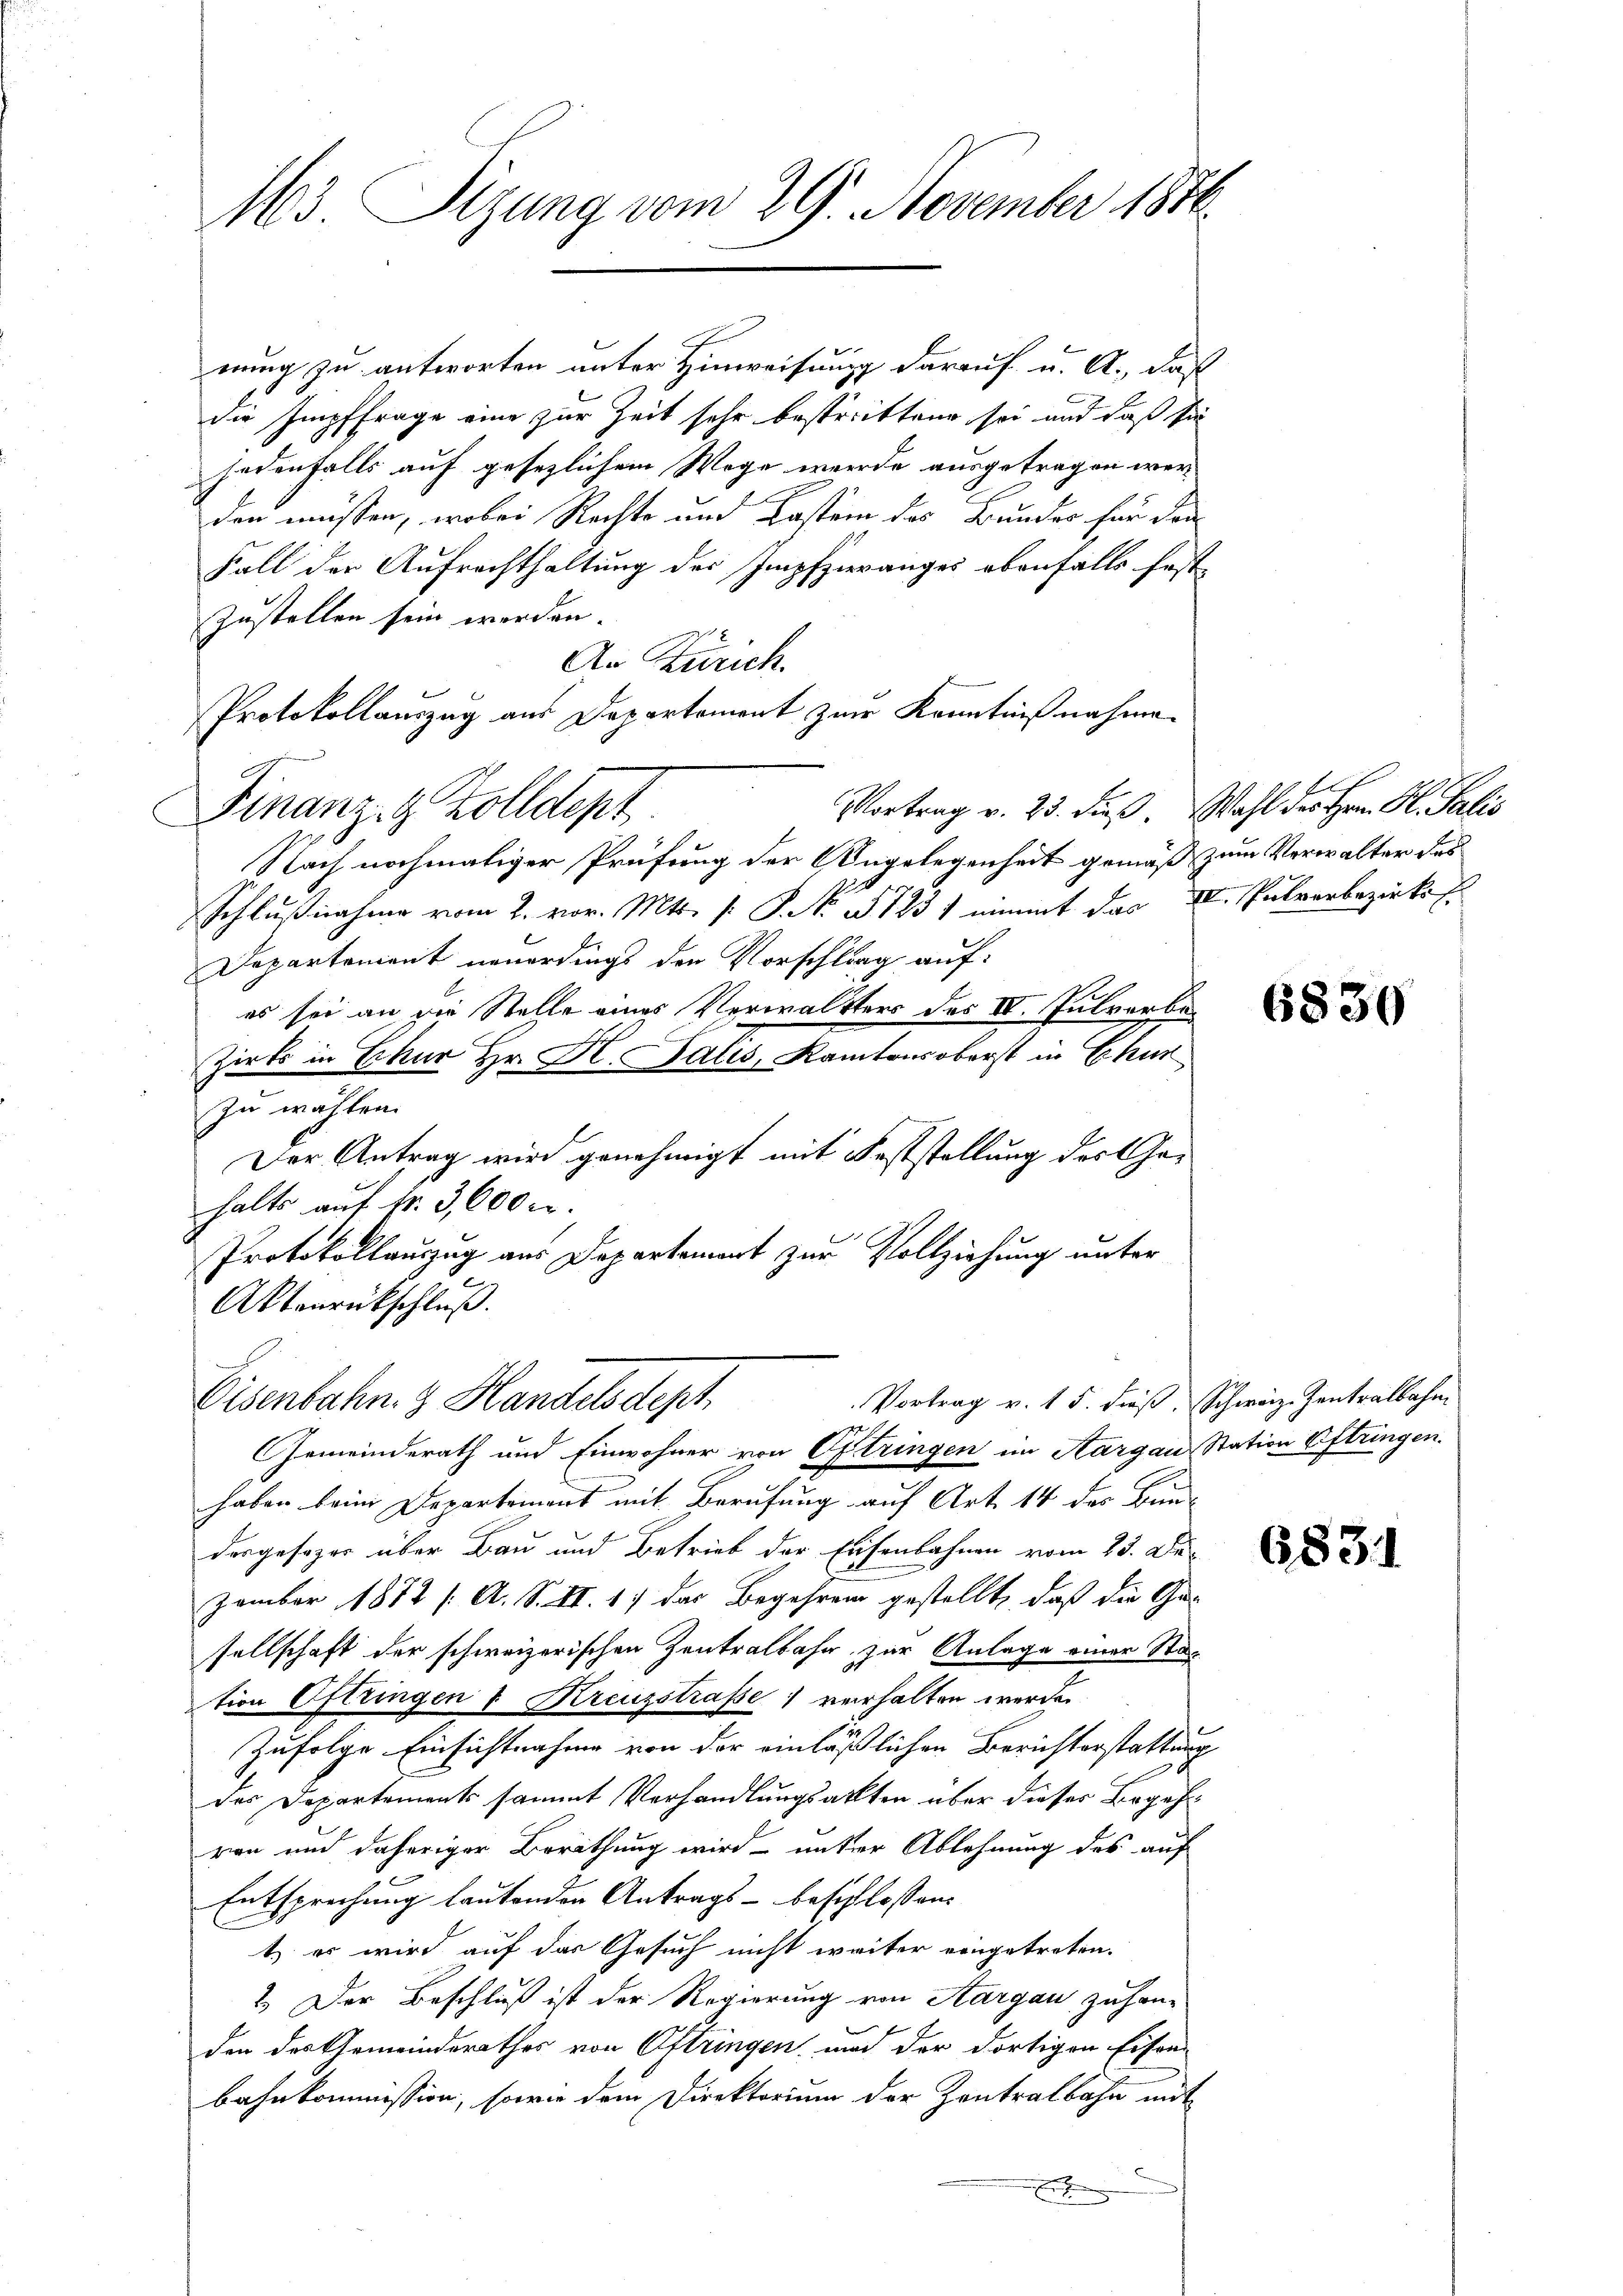
M3. Sizung vom 29. November 1846

nung zu antworten unter Hinweisung darauf u. A., daß
die Impffrage eine zur Zeit sehr bestrittend sei und daß sie
jedenfalls auf gesezlichem Wege werde ausgetragen werden müssen, wobei Rechte und Kasten des Bundes für den
Fall der Aufrechthaltung des Impfzieranges ebenfalls fest-
zustellen sein werden.
An Zürich.
Protokollauszug aus Departement zur Kenntnißnahme
Nach nochmaliger Prüfung der Angelegenheit gemäß zum Verwalter des
Schlußnahme vom 2. vor. Mts. /: P. Nr. § 1231 nimmt das II. Pulverbezirks
Departement neuerdings den Vorschlug auf:
es sei an die Stelle eines Verwaltters des IV. Pulvorbe¬
Zirks in Erkur Hr. H. Salis, Kantons oberst in Chur
zu wählen.
Der Antrag wird genehmigt mit Feststellung des Gehalts auf fr. 3,600 r.
Protokollauszug aus Departement zur Vollziehung unter
Aktenrückschluß.
Vortrag v. 15. dieß, Schweiz. Zentralbahn
Eisenbahn. 3 Handelsdept
Gemeinderath und Einwohner von Oftringen im Aargau Station Oftringen.
haben beim Departement mit Berufung auf Art. 14 des Bun-
dargesezen über Bau und Betrieb der Eisenbahnen vom 23. De
zember 1872 /: A. S. II. 1. das Begehren gestellt, daß die Gesellschaft der schweizerischen Zentralbahn zur Anlage einer Nac
tion Oftringen I Kreuzstraße verhalten werden
Zufolge Einsichtnahme von der einläßlichen Berichterstattung
des Departements sammt Verhandlungsakten über dieser Begehren und daheriger Berathung wird unter Ablehnung des auf
Entsprechung lautenden Antrags- beschlossen.
t.) es wird auf das Gesuch nicht weiter eingetreten.
2.) Der Beschluß ist der Regierung von Aargau zuhan-
den des Gemeinderathes von Oftringen, und der dortigen Eisen-
bahnkommission, sowie dem Direktorium der Zentralbahn mit

Finanz- & Zolldept

Vortrag v. 23. dieß. Wahl des Hrn. Hl. Salis

6830

6831